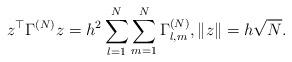
LaTeX: \begin{align*}z^\top \Gamma^{(N)} z = h^2 \sum_{l=1}^N \sum_{m=1}^N\Gamma_{l,m}^{(N)},\|z\| = h \sqrt{N}.\end{align*}